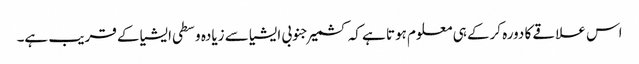
اس علاقے کا دورہ کرکے ہی معلوم ہوتا ہے کہ کشمیر جنوبی ایشیا سے زیادہ وسطی ایشیا کے قریب ہے۔